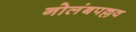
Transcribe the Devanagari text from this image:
नोलंबपल्लव